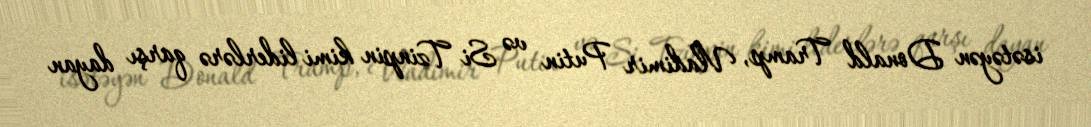
isətəyən Donald Tramp, Vladimir Putin və Si Tzinpin kimi liderlərə qarşı dayan